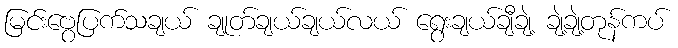
မြင်းဗွေပြက်သချယ် ချုတ်ချယ်ချယ်လယ် ရွေးချယ်ချီချဲ့ ချဲ့ချဲ့တုန်ကပ်